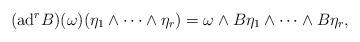
LaTeX: \begin{gather*}(\mbox{ad}^{r}B)(\omega)(\eta_{1}\wedge\dots\wedge\eta_{r})=\omega\wedge B\eta_{1}\wedge\dots\wedge B\eta_{r},\end{gather*}